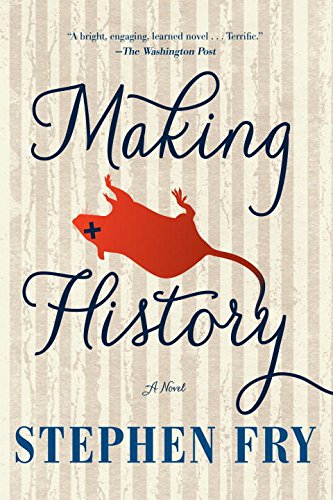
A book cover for Making History; Stephen Fry; Science Fiction & Fantasy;